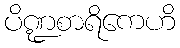
ပိဏ္ဍစာရိကေဟိ